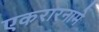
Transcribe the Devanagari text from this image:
एकरारनामे